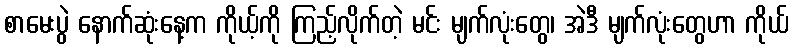
စာမေးပွဲ နောက်ဆုံးနေ့က ကိုယ့်ကို ကြည့်လိုက်တဲ့ မင်း မျက်လုံးတွေ၊ အဲဒီ မျက်လုံးတွေဟာ ကိုယ်